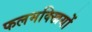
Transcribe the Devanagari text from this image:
फलमक्खियों